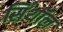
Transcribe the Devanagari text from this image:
सिंथॉल